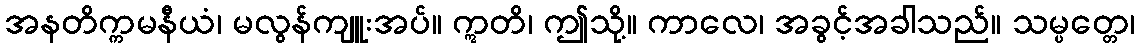
အနတိက္ကမနီယံ၊ မလွန်ကျူးအပ်။ ဣတိ၊ ဤသို့။ ကာလေ၊ အခွင့်အခါသည်။ သမ္ပတ္တေ၊